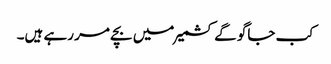
کب جاگو گے کشمیر میں بچے مر رہے ہیں۔